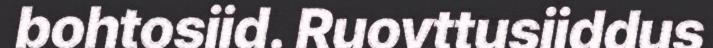
bohtosiid. Ruovttusiiddus